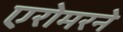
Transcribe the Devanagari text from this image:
एरोमरने